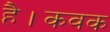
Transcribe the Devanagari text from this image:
है।कवक